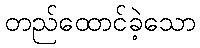
တည်ထောင်ခဲ့သော